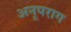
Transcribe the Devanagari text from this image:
अनूपराग